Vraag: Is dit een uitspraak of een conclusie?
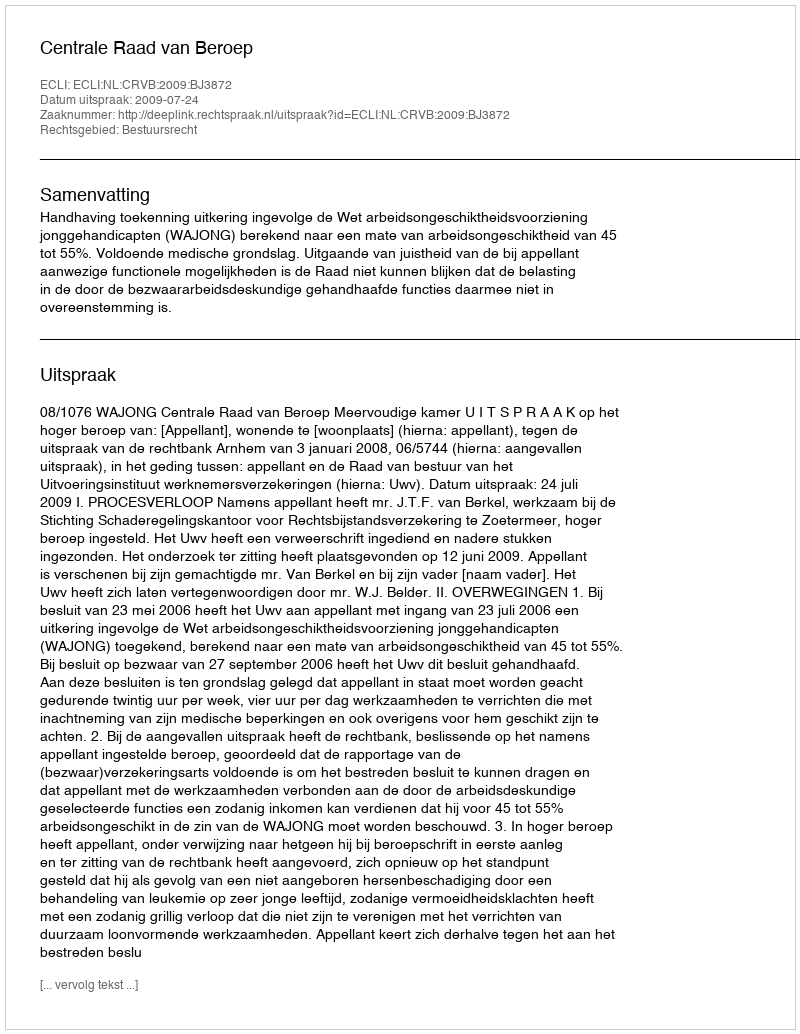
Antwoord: Uitspraak